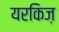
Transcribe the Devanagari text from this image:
यरकिज़